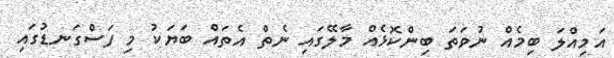
އަމިއްލަ ބިމެއް ނުވަތަ ބިންކޮޅެއް މާލޭގައި ނެތް އެތައް ބަޔަކު މި ފަސްގަނޑުގައި